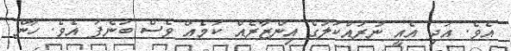
އެވެ. އަދި އެއީ ނުރައްކަލުގެ އިންޒާރެއް ކަމެއް ވެސް ބުނެފަ އެވެ. ހާން